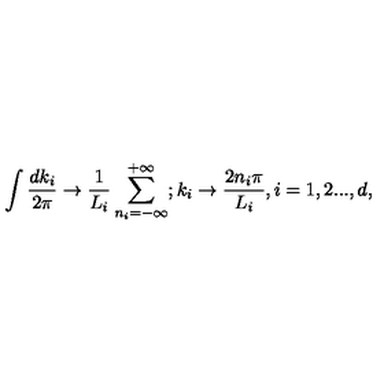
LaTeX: \int \frac { d k _ { i } } { 2 \pi } \rightarrow \frac { 1 } { L _ { i } } \sum _ { n _ { i } = - \infty } ^ { + \infty } ; k _ { i } \rightarrow \frac { 2 n _ { i } \pi } { L _ { i } } , i = 1 , 2 . . . , d ,